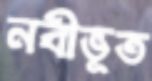
নবীভূত